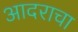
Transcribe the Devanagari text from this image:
आदराचा